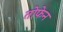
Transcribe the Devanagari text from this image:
तोफेन